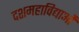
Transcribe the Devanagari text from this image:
दशमहाविद्याओं